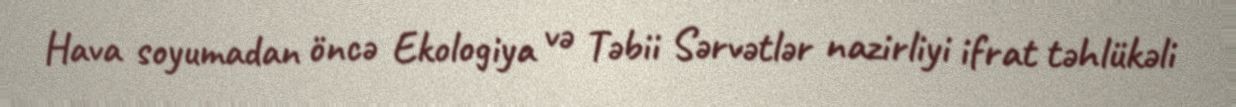
Hava soyumadan öncə Ekologiya və Təbii Sərvətlər nazirliyi ifrat təhlükəli